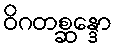
ဝိဂတစ္ဆန္ဒော